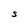
Character: S